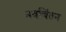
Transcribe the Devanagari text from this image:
नवचिंतन